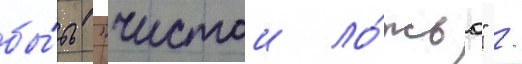
бы́ть "чистои ло́жью" /